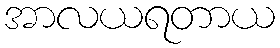
အာလယရတာယ